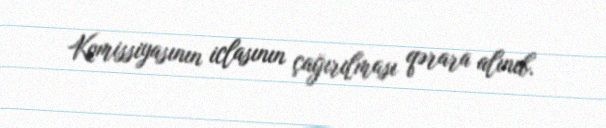
Komissiyasının iclasının çağırılması qərara alınıb.